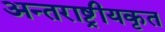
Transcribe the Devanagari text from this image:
अन्तराष्ट्रीयकृत